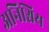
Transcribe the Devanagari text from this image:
अनिश्चिय